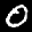
Label: 0